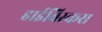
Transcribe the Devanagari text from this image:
हाईबिस्कस